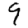
Digit: 9